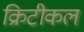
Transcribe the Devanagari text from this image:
क्रिटीकल